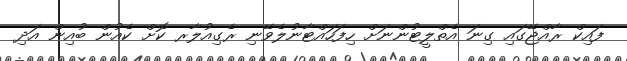
ފައިކް ރާއްޖޭގައި ގިނަ އެތްލީޓުންނަށް ހިފަހައްޓާނުލެވޭނި ރެގިއުލާރ ކޮށް ކެއުން ބުއިން އަދި